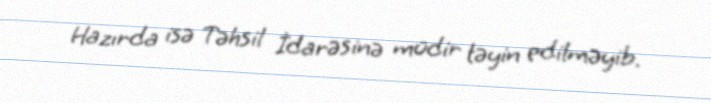
Hazırda isə Təhsil İdarəsinə müdir təyin edilməyib.